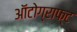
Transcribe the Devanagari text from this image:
ऑटोग्राफ्ट